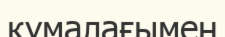
құмалағымен